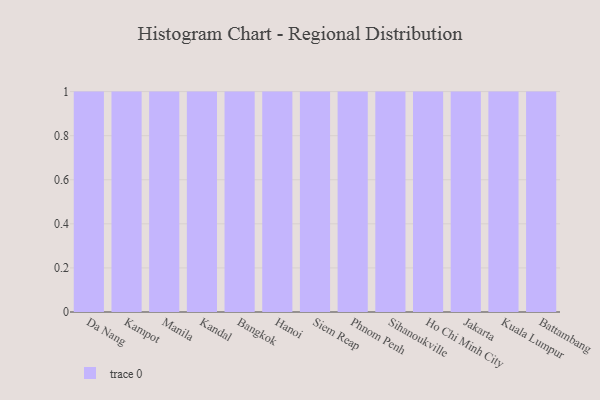
{"axis": {"x": "City", "y": "Bounce Rate (%)"}, "legend": [""], "data": [{"x": "Da Nang", "y": 75, "type": ""}, {"x": "Kampot", "y": 13, "type": ""}, {"x": "Manila", "y": 2, "type": ""}, {"x": "Kandal", "y": 73, "type": ""}, {"x": "Bangkok", "y": 23, "type": ""}, {"x": "Hanoi", "y": 68, "type": ""}, {"x": "Siem Reap", "y": 85, "type": ""}, {"x": "Phnom Penh", "y": 22, "type": ""}, {"x": "Sihanoukville", "y": 22, "type": ""}, {"x": "Ho Chi Minh City", "y": 68, "type": ""}, {"x": "Jakarta", "y": 6, "type": ""}, {"x": "Kuala Lumpur", "y": 94, "type": ""}, {"x": "Battambang", "y": 53, "type": ""}]}